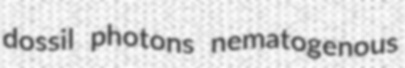
dossil photons nematogenous